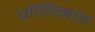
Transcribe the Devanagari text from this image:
पौणिमांत